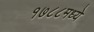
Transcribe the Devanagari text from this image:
१७८८मध्ये